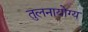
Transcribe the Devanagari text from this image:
तुलनायोग्य